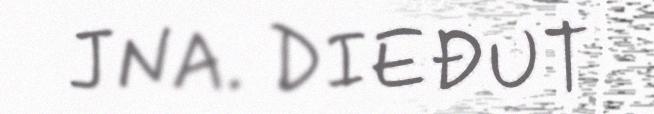
JNA. DIEĐUT